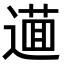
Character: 𨖘